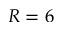
R = 6